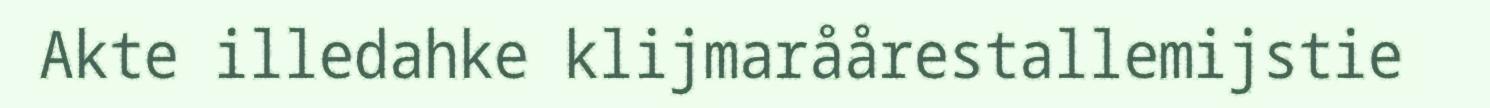
Akte illedahke klijmaråårestallemijstie